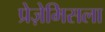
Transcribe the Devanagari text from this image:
प्रेज़ेमिसला